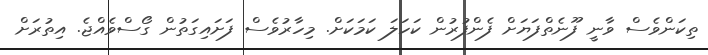
ތިކަންވެސް ވާނީ ފޫނެތްފަޔަށް ފެންފުރުން ކަހަލަ ކަމަކަށް. މިހާރުވެސް ފަށައިގަތުން ގޯސްވެއްޖެ. އިތުރަށް